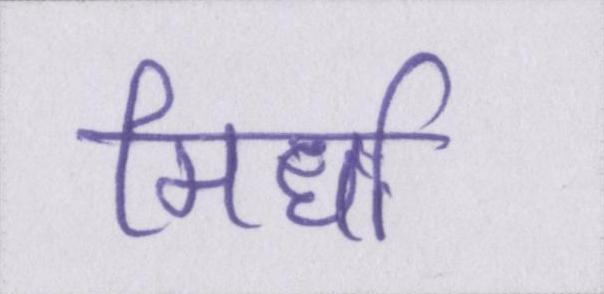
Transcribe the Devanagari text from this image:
मिर्धा